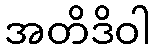
အတိဒိဝါ